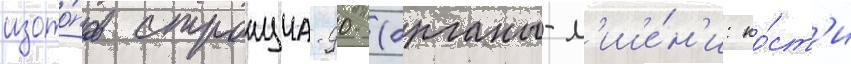
изото́пов стронциа-90 (органы-м'ише́н'и: ко́ст'и